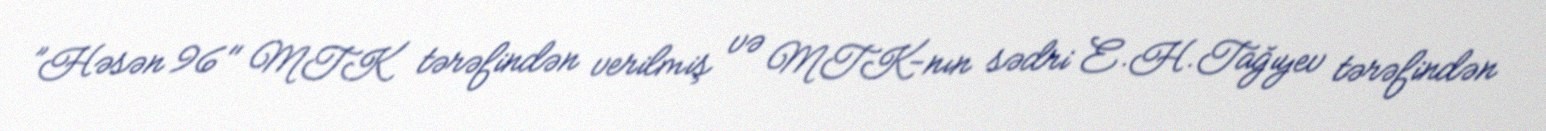
”Həsən 96" MTK tərəfindən verilmiş və MTK-nın sədri E.H.Tağıyev tərəfindən